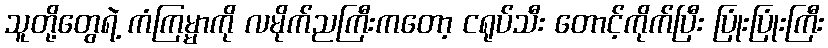
သူတို့တွေရဲ့ ကံကြမ္မာကို လမိုက်ညကြီးကတော့ ငရုပ်သီး တောင့်ကိုက်ပြီး ပြုံးပြုံးကြီး